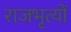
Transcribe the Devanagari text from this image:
राजभृत्यों